Vaccination report Assam 1874-1896 - 1874-1896
Year: 1874
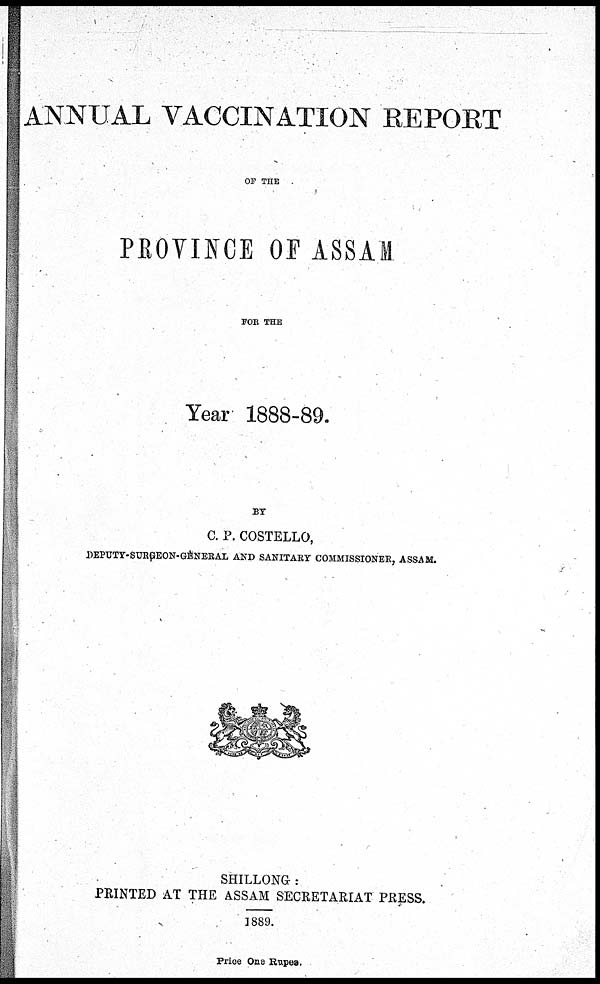
ANNUAL VACCINATION REPORT
OF THE
PROVINCE OF ASSAM
FOR THE
Year 1888-89.
BY
C. P. COSTELLO,
DEPUTY-SURGEON-GENERAL AND SANITARY COMMISSIONER, ASSAM.
SHILLONG :
PRINTED AT THE ASSAM SECRETARIAT PRESS.
1889.
Price One Rupee.